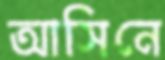
আসিনে